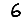
Digit: 6